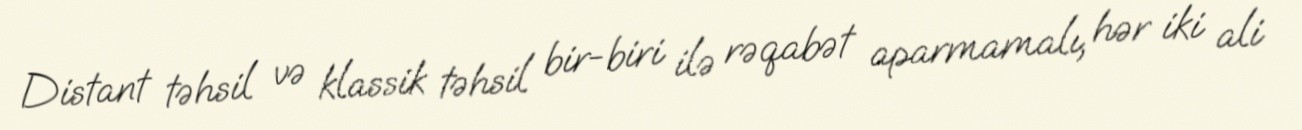
Distant təhsil və klassik təhsil bir-biri ilə rəqabət aparmamalı, hər iki ali